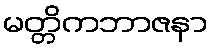
မတ္တိကဘာဇနာ